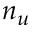
n _ { u }